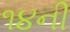
૧૪ની